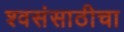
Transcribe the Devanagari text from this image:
श्वसंसाठीचा